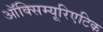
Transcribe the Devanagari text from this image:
ऑक्सिम्यूरिएटिक